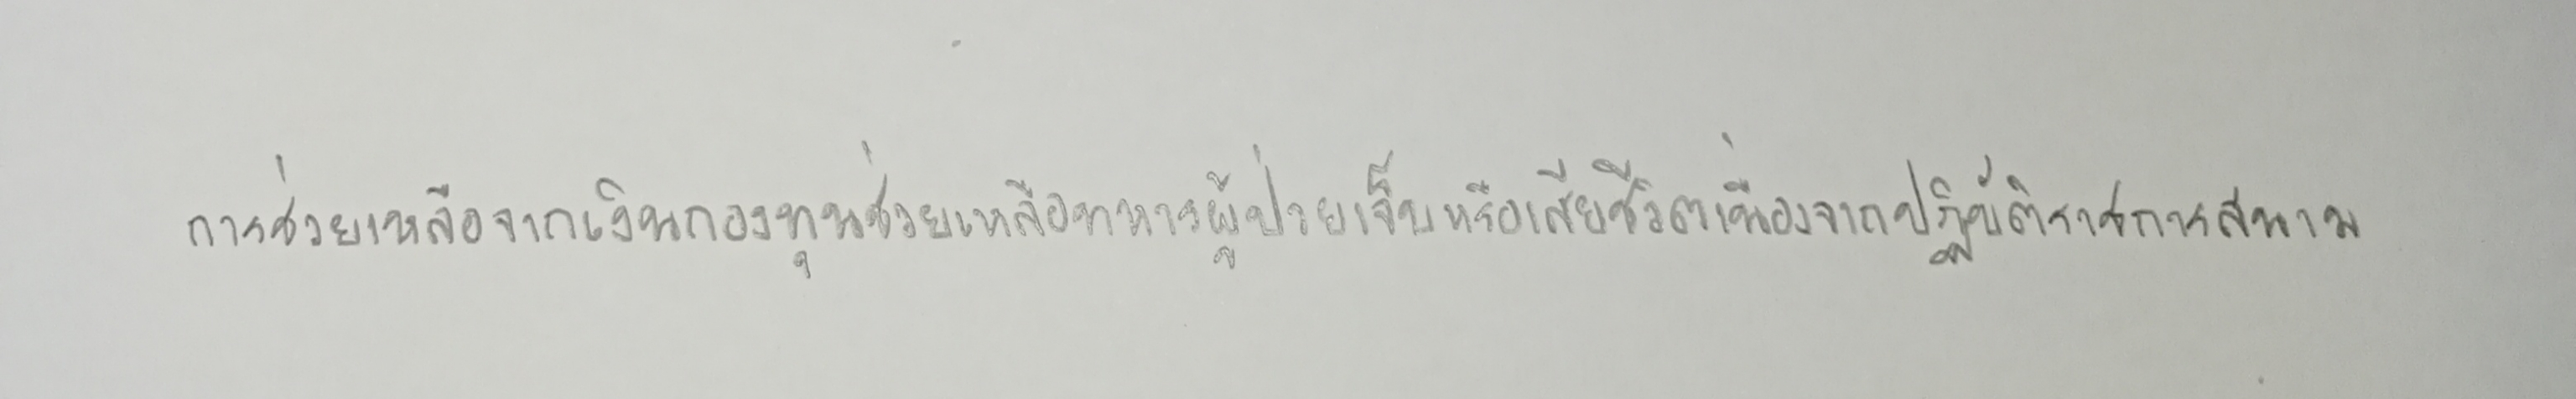
การช่วยเหลือจากเงินกองทุนช่วยเหลือทหารผู้ป่วยเจ็บหรือเสียชีวิตเนื่องจากปฏิบัติราชการสนาม